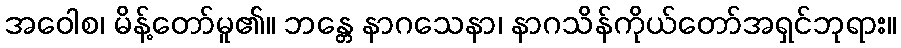
အဝေါစ၊ မိန့်တော်မူ၏။ ဘန္တေ နာဂသေနာ၊ နာဂသိန်ကိုယ်တော်အရှင်ဘုရား။